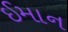
ઈમાન